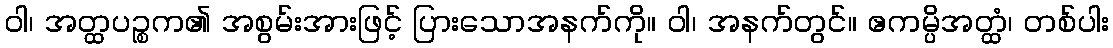
ဝါ၊ အတ္ထပဉ္စက၏ အစွမ်းအားဖြင့် ပြားသောအနက်ကို။ ဝါ၊ အနက်တွင်။ ဧကမ္ပိအတ္ထံ၊ တစ်ပါး